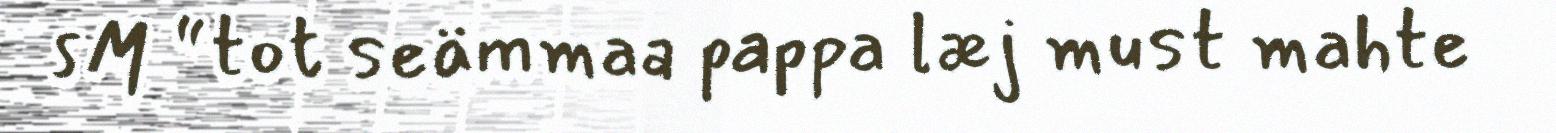
sM “tot seämmaa pappa læj must mahte